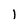
Character: l